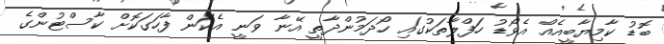
ބޮޑު ކާމިޔާބީއެއް އެވޯޑު ހަފްލާތަކުގައި ހޯދަމުންދާތީ އޭނާ ވަނީ އެކަން ފާހަގަކޮށް ކާސްޓުންގެ